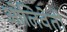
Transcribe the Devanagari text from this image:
ओलिवेती